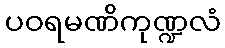
ပဝရမဏိကုဏ္ဍလံ